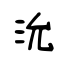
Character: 沇